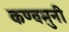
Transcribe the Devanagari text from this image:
कण्वमुनी